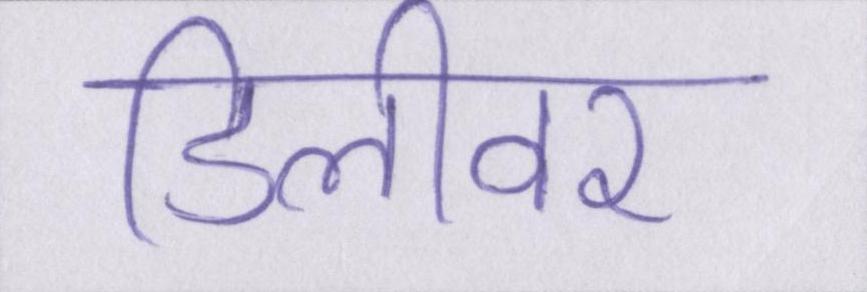
डिलीवर